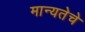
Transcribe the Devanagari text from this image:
मान्यतेचे